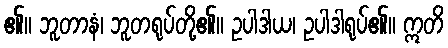
၏။ ဘူတာနံ၊ ဘူတရုပ်တို့၏။ ဥပါဒါယ၊ ဥပါဒါရုပ်၏။ ဣတိ